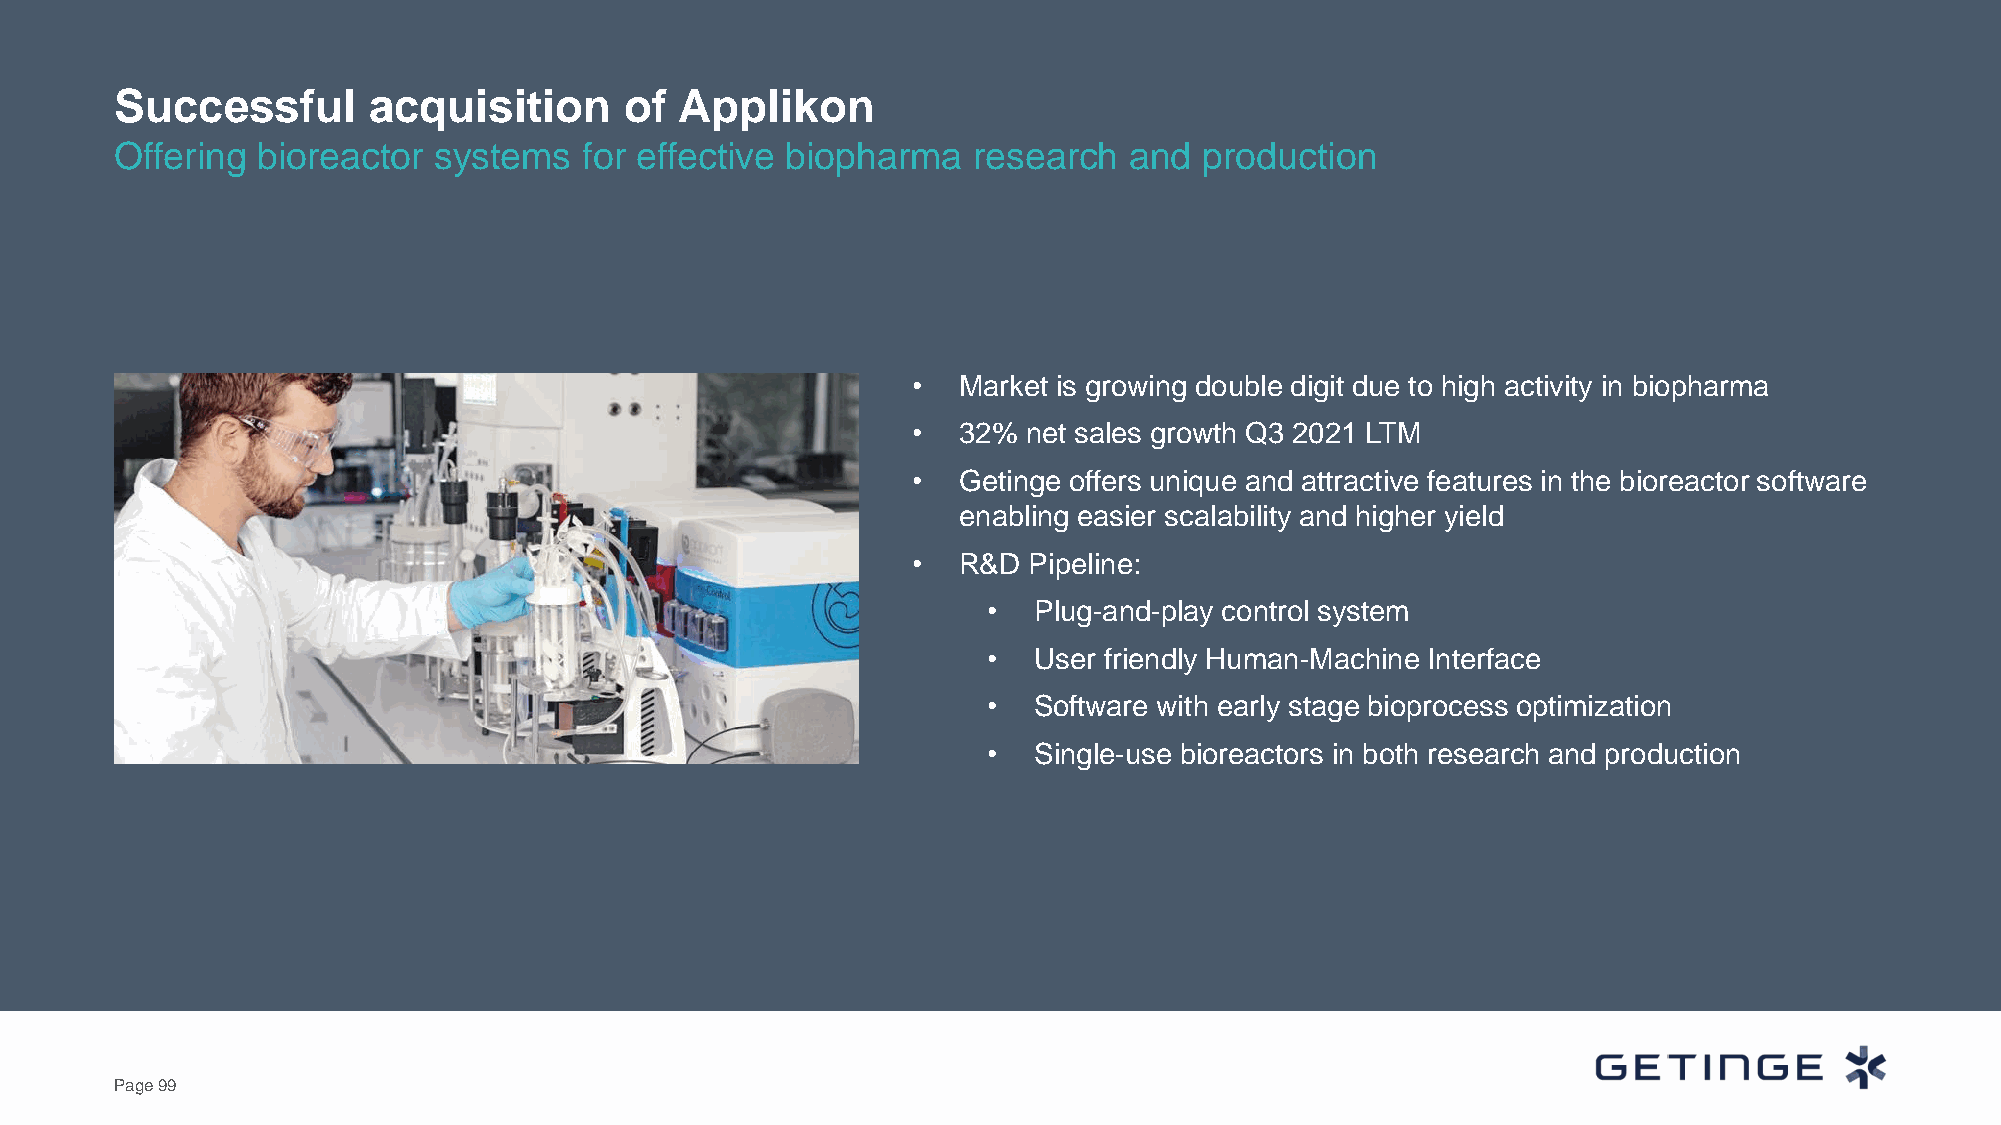
Successful      acquisition      of  Applikon
 Offering bioreactor  systems   for effective biopharma  research   and  production
 •  Market is growing double digit due to high activity in biopharma
 •  32%  net sales growth Q3 2021 LTM
 •  Getinge offers unique and attractive features in the bioreactor software
 enabling easier scalability and higher yield
 •  R&D  Pipeline:
 •  Plug-and-play control system
 •  User friendly Human-Machine Interface
 •  Software with early stage bioprocess optimization
 •  Single-use bioreactors in both research and production
 Page 99